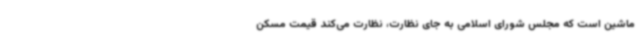
ماشین است که مجلس شورای اسلامی به جای نظارت، نظارت می‌کند قیمت مسکن